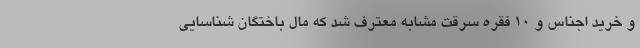
و خرید اجناس و ۱۰ فقره سرقت مشابه معترف شد که مال باختگان شناسایی